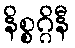
နိစ္စဂ္ဂိနီ